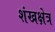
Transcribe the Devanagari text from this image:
शंखक्षेत्र